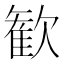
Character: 歓